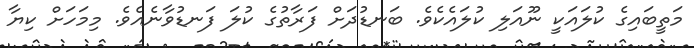
މަތީބައިގެ ކުލައަކީ ނޫއަލި ކުލައެކެވެ. ބަނޑުދަށް ފަރާތުގެ ކުލަ ފަނޑުވާނެއެވެ. މިމަހަށް ކިޔާ